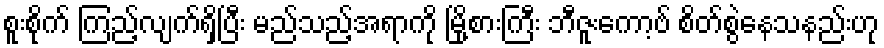
စူးစိုက် ကြည့်လျက်ရှိပြီး မည်သည့်အရာကို မြို့စားကြီး ဘီဇူးကော့ဗ် စိတ်စွဲနေသနည်းဟု